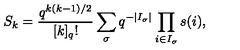
S _ { k } = \frac { q ^ { k ( k - 1 ) / 2 } } { [ k ] _ { q } ! } \sum _ { \sigma } q ^ { - | I _ { \sigma } | } \prod _ { i \in I _ { \sigma } } s ( i ) ,